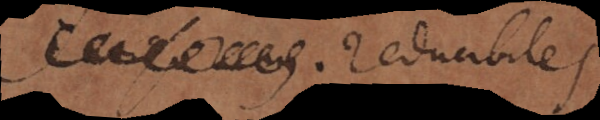
e reducibiles